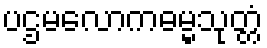
ပဌမလောကဓမ္မသုတ္တံ